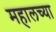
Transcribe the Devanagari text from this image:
महालच्या